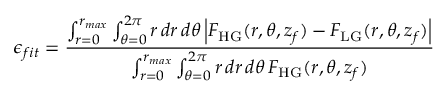
\epsilon _ { f i t } = \frac { \int \displaylimits _ { r = 0 } ^ { r _ { m a x } } \int \displaylimits _ { \theta = 0 } ^ { 2 \pi } \mathop { r } \mathop { d r } \mathop { d \theta } \left| F _ { \mathrm { H G } } ( r , \theta , z _ { f } ) - F _ { \mathrm { L G } } ( r , \theta , z _ { f } ) \right| } { \int \displaylimits _ { r = 0 } ^ { r _ { m a x } } \int \displaylimits _ { \theta = 0 } ^ { 2 \pi } \mathop { r } \mathop { d r } \mathop { d \theta } F _ { \mathrm { H G } } ( r , \theta , z _ { f } ) }